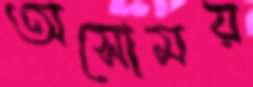
অসোময়